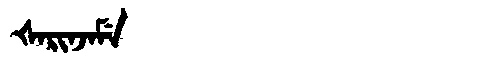
Manchu: ᡧᠠᡵᡳᠨᠵᠠᠮᡝ
Romanization: ŠARINJAME